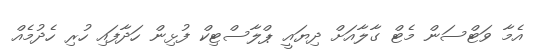
އެމާ ވަޓްސަން މެޓް ގާލާއަށް ދިޔައީ ޕްލާސްޓިކް ފުޅިން ހަދާފައި ހުރި ހެދުމެއް